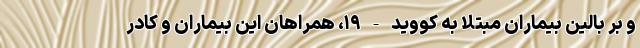
و بر بالین بیماران مبتلا به کووید - ۱۹، همراهان این بیماران و کادر